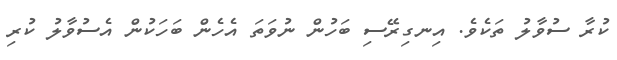
ކުރާ ސުވާލު ތަކެވެ. އިނގިރޭސި ބަހުން ނުވަތަ އެހެން ބަހަކުން އެސުވާލު ކުރި